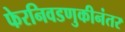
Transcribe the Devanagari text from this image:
फेरनिवडणुकीनंतर